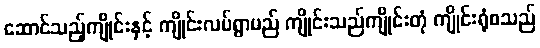
ဆောင်သည့်ကျိုင်းနှင့် ကျိုင်းလပ်ရွာမည် ကျိုင်းသည်ကျိုင်းတုံ ကျိုင်းရုံစသည်